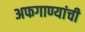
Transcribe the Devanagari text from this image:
अफगाण्यांची